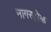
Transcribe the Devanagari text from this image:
नागरहोळ